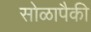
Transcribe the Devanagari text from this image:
सोळापैकी